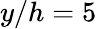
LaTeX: y/h=5